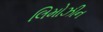
લિમોઝીન